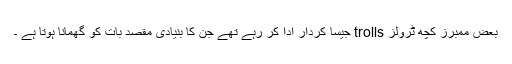
بعض ممبرز کچھ ٹرولز trolls جیسا کردار ادا کر رہے تھے جن کا بنیادی مقصد بات کو گھمانا ہوتا ہے ۔